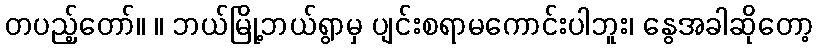
တပည့်တော်။ ။ ဘယ်မြို့ဘယ်ရွာမှ ပျင်းစရာမကောင်းပါဘူး၊ နွေအခါဆိုတော့